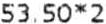
53.50*2